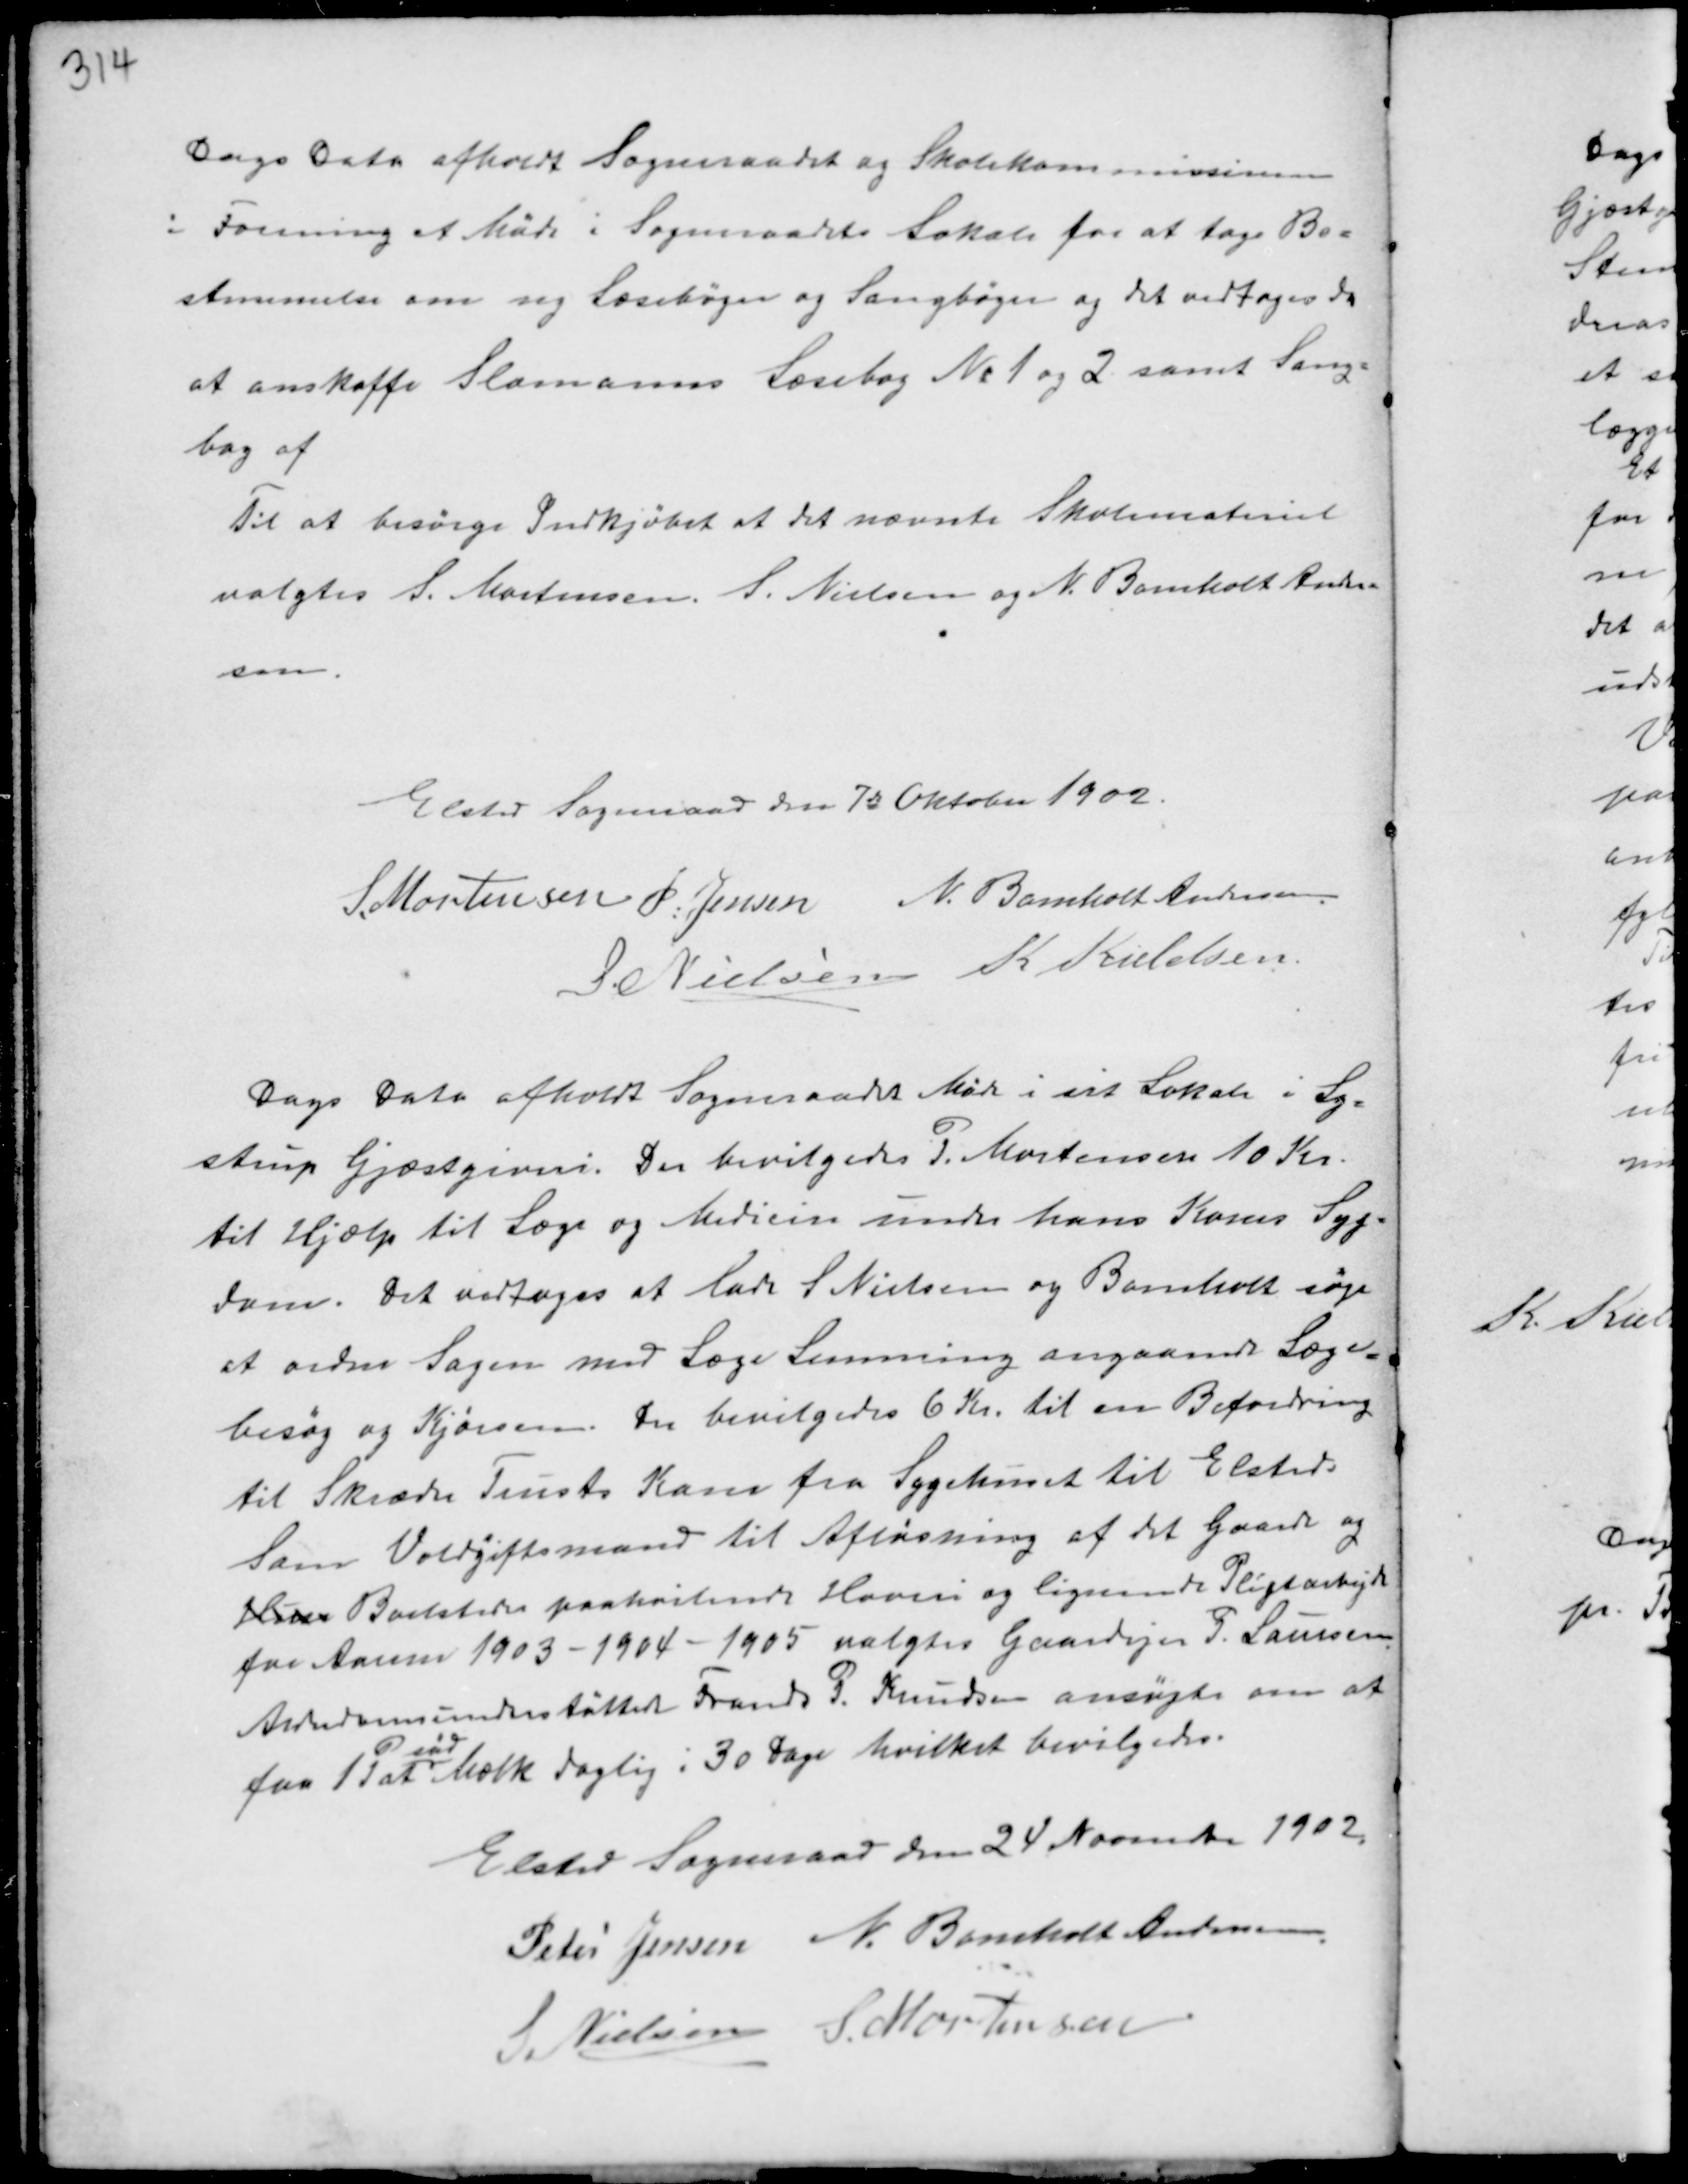
Transskription:
Dags Dato afholdt Sogneraadet og Skolekommissionen
i Forening et Møde i Sogneraadets Lokale for at tage Be-
stemmelse om ny Læsebøger og Sangbøger og det vedtages da
at anskaffe Slamanns Læsebog Nr 1 og 2 samt Sang-
bog af
Til at besørge Indkjøbet af det nævnte Skolemateriel
valgtes S. Mortensen S. Nielsen og N. Bomholt Ander-
sen.

Elsted Sogneraad den 7de Oktober 1902.
S Mortensen P. Jensen N. Bomholt Andersen
S. Nielsen K Kieldsen

Dags Dato afholdt Sogneraadet Møde i sit Lokale i Ly-
strup Gjæstgiveri. Der bevilgedes P. Mortensen 10 Kr.
til Hjælp til Læge og Medicin under hans Kones Syg-
dom. Det vedtoges at lade S. Nielsen og Bomholt søge
at ordne Sagen med Læge Lemming angaaende Læge-
besøg og Kjørsen. Der bevilgedes 6 Kr. til en Befordring
til Skræder Trusts Kone fra Sygehuset til Elsted.
Som Voldgiftsmand til Afløsning af det Gaarde og
Hus Bondestands paahvilende Hoveri og lignende Pligtarbejde
for Aarene 1903-1904-1905 valgtes Gaardejer P. Laursen.
Alderdomsunderstøttede Frands P. Knudsen ansøgte om at
faa 1 Pot
sød
Mælk daglig i 30 Dage hvilket bevilgedes.

Elsted Sogneraad den 24 November 1902
Peter Jensen N. Bomholdt Andersen
S. Nielsen S. Mortensen